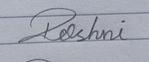
Signature authenticity: forged